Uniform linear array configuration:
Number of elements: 24
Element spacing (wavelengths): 1
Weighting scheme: cosine
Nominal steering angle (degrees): -15
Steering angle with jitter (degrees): -16.125
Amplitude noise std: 0.05
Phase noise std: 0.05

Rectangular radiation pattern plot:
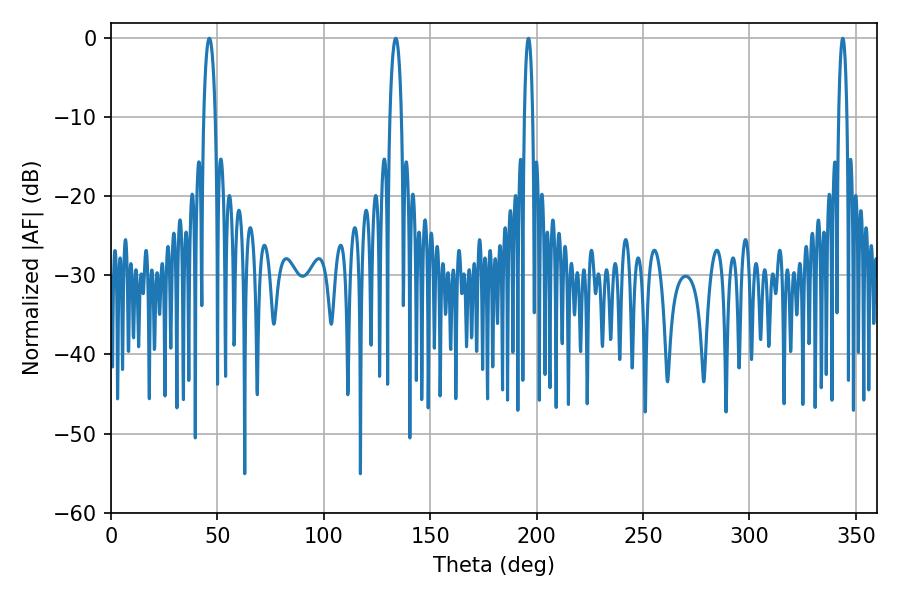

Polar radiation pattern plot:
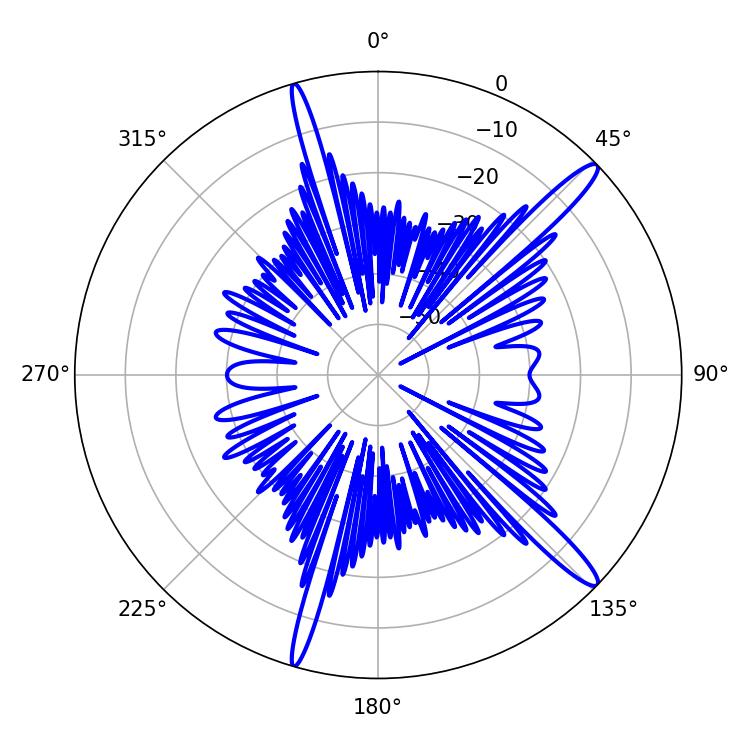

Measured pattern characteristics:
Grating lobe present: TRUE
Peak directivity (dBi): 15.029
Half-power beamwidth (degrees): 3.06
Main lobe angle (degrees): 46.26